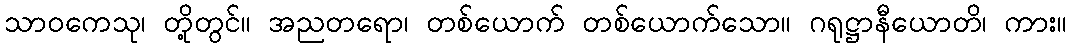
သာဝကေသု၊ တို့တွင်။ အညတရော၊ တစ်ယောက် တစ်ယောက်သော။ ဂရုဋ္ဌာနီယောတိ၊ ကား။